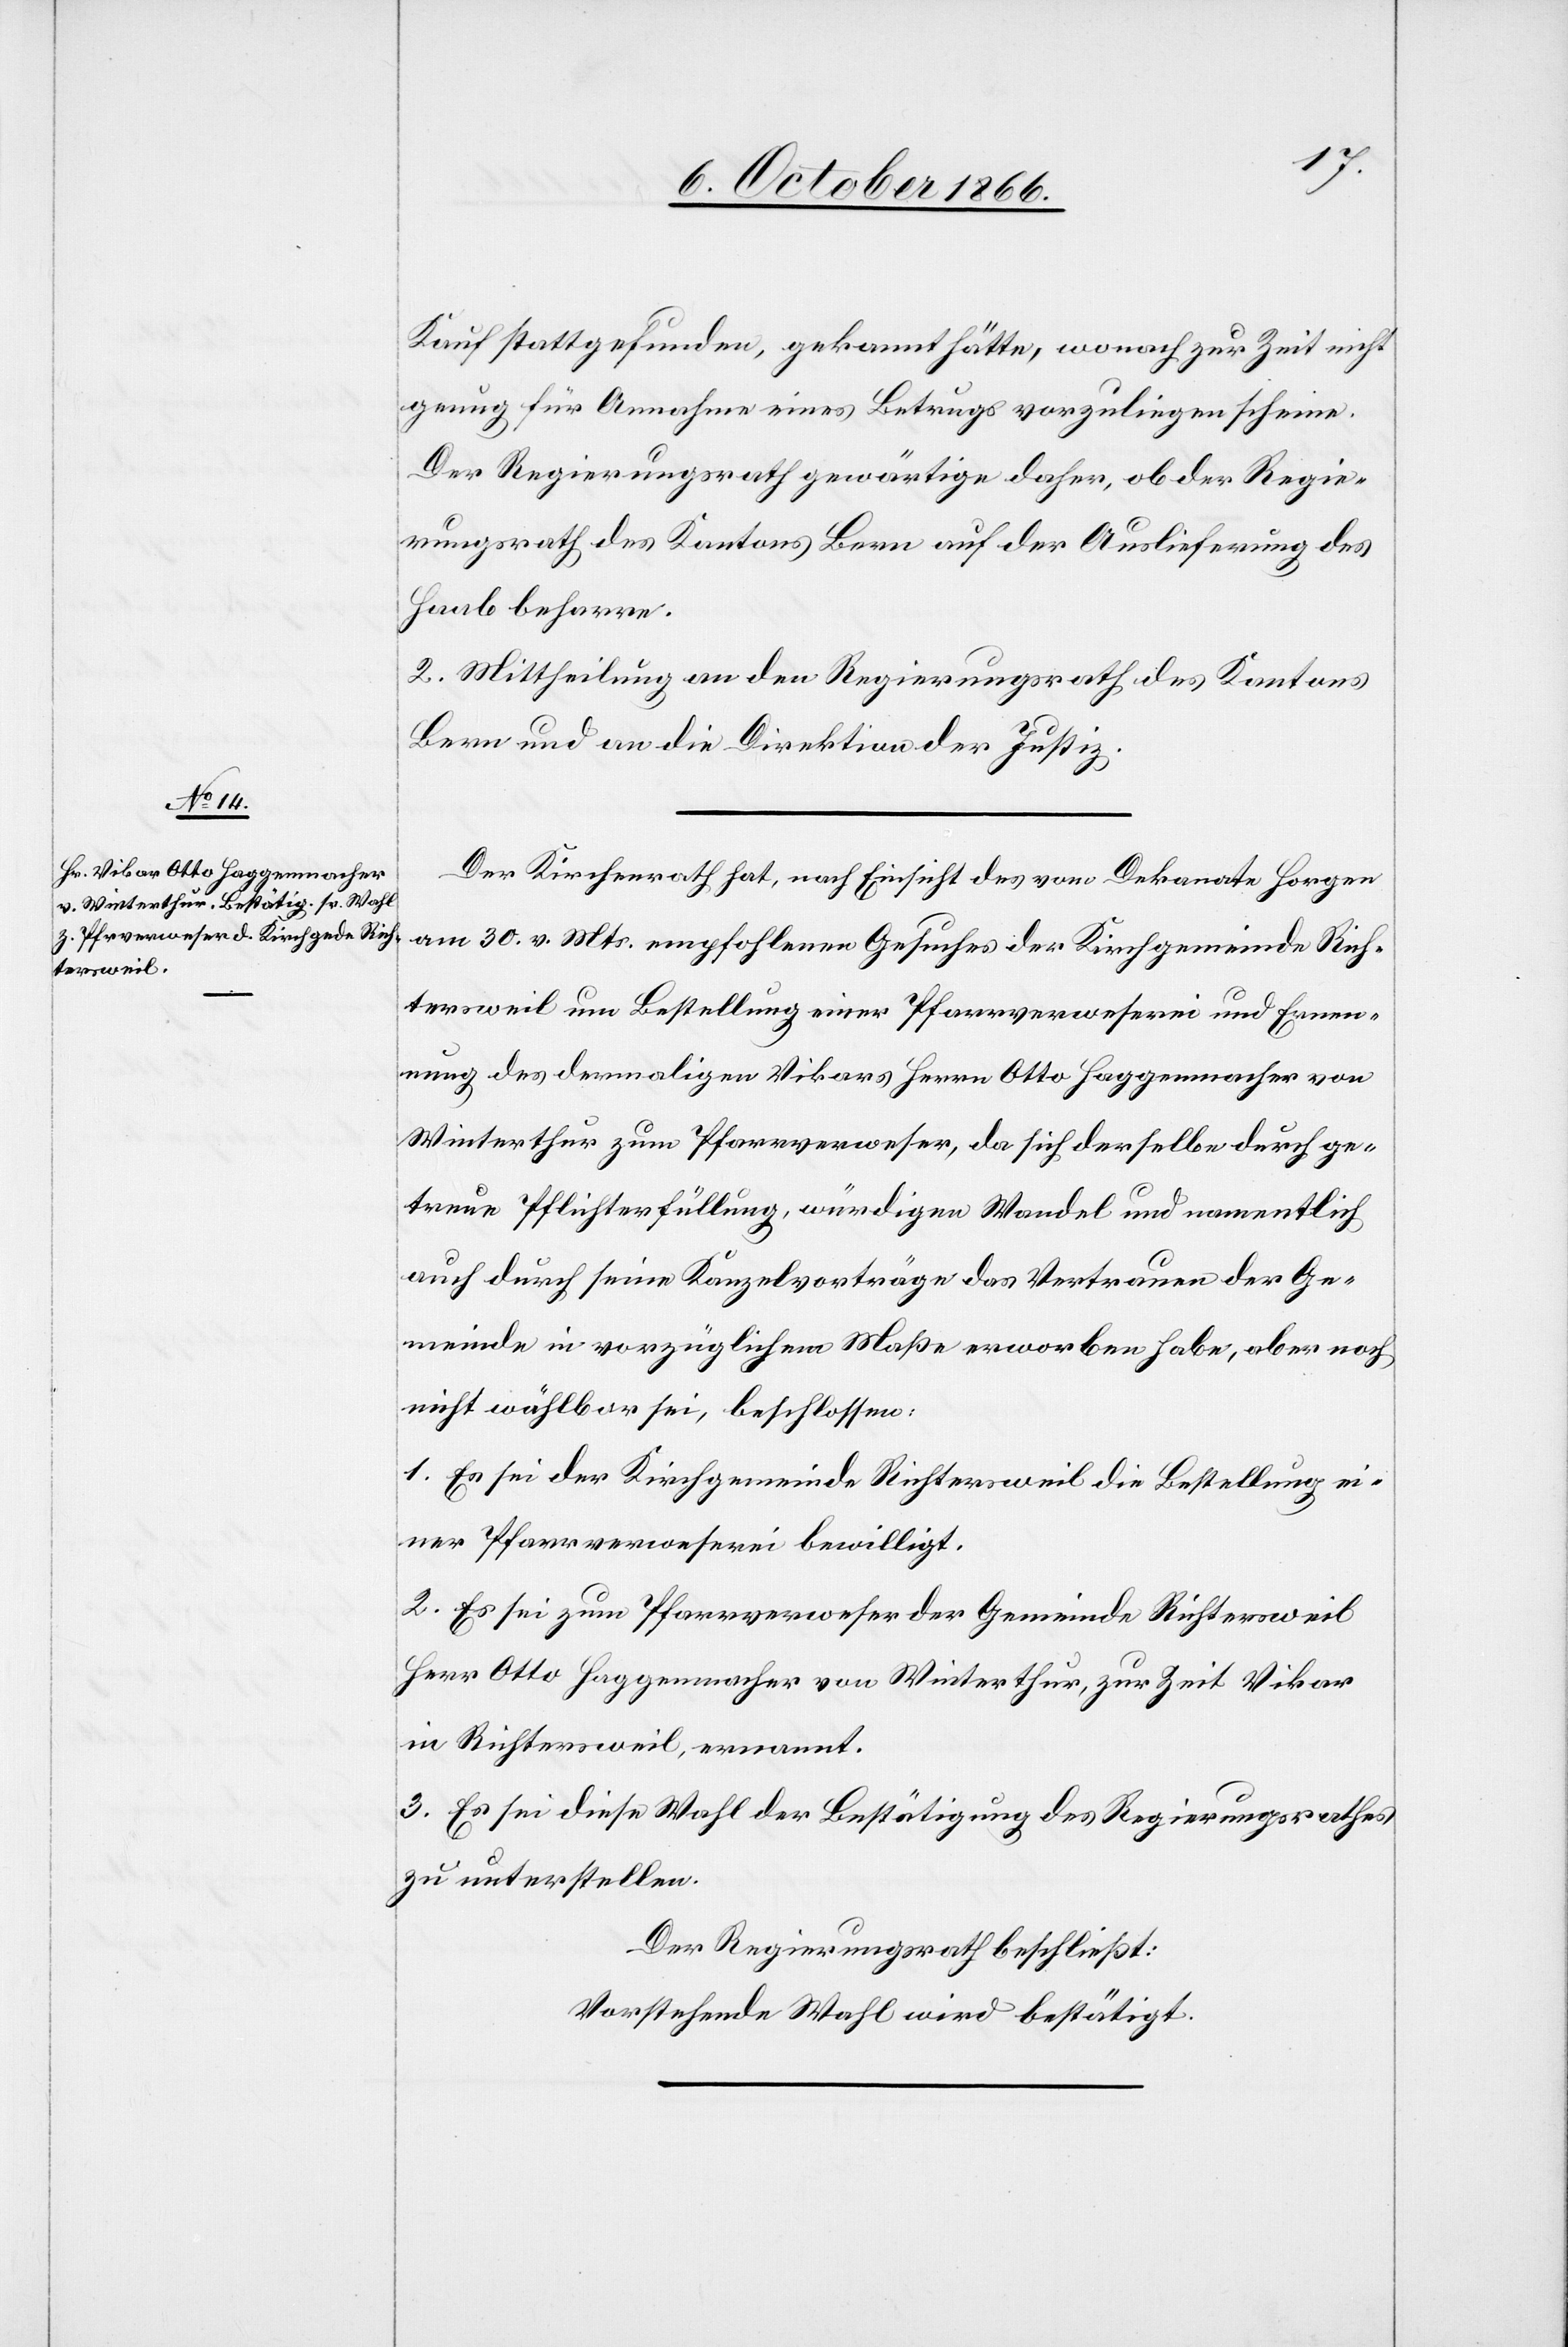
Kauf stattgefunden, gekannt hätte, wonach zur Zeit nicht
genug für Annahme eines Betrugs vorzuliegen scheine.
Der Regierungsrath gewärtige daher, ob der Regie¬
rungsrath des Kantons Bern auf der Auslieferung des
Haab beharre.
2. Mittheilung an den Regierungsrath des Kantons
Bern und an die Direktion der Justiz.
Der Kirchenrath hat, nach Einsicht des vom Dekanate Horgen
am 30. v. Mts. empfohlenen Gesuches der Kirchgemeinde Rich¬
tersweil um Bestellung einer Pfarrverweserei und Ernen¬
nung des dermaligen Vikars Herrn Otto Haggenmacher von
Winterthur zum Pfarrverweser, da sich derselbe durch ge¬
treue Pflichterfüllung, würdigen Wandel und namentlich
auch durch seine Kanzelvorträge das Vertrauen der Ge¬
meinde in vorzüglichem Maße erworben habe, aber noch
nicht wählbar sei, beschlossen:
1. Es sei der Kirchgemeinde Richtersweil die Bestellung ei¬
ner Pfarrverweserei bewilligt.
2. Es sei zum Pfarrverweser der Gemeinde Richtersweil
Herr Otto Haggenmacher von Winterthur, zur Zeit Vikar
in Richtersweil, ernannt.
3. Es sei diese Wahl der Bestätigung des Regierungsrathes
zu unterstellen.
Der Regierungsrath beschließt:
Vorstehende Wahl wird bestätigt.